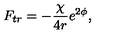
F _ { t r } = - \frac { \chi } { 4 r } e ^ { 2 \phi } ,